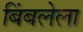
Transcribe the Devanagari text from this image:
बिंबलेला